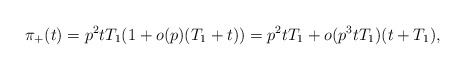
\begin{align*} \pi_+(t) = p^2tT_1(1+o(p)(T_1+t))=p^2tT_1 + o(p^3tT_1)(t+T_1),\end{align*}